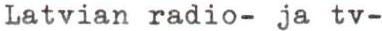
Latvian radio- ja tv-